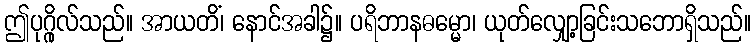
ဤပုဂ္ဂိုလ်သည်။ အာယတိံ၊ နောင်အခါ၌။ ပရိဘာနဓမ္မော၊ ယုတ်လျှော့ခြင်းသဘောရှိသည်။